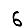
Digit: 6